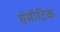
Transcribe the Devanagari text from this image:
सेमीटिक